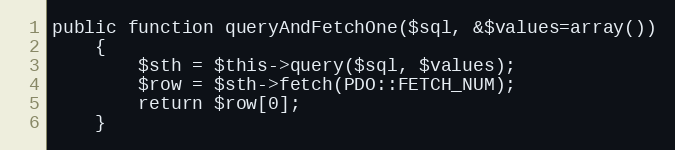
Language: PHP
public function queryAndFetchOne($sql, &$values=array())
	{
		$sth = $this->query($sql, $values);
		$row = $sth->fetch(PDO::FETCH_NUM);
		return $row[0];
	}